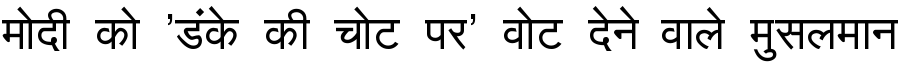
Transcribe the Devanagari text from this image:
मोदी को 'डंके की चोट पर' वोट देने वाले मुसलमान